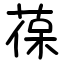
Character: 葆